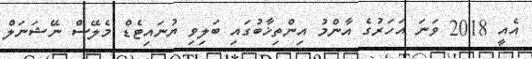
އެއީ 2018 ވަނަ އަހަރުގެ އާންމު އިންތިޚާބުގައި ބަލިވި ޔުނައިޓެޑް މެލޭސް ނޭޝަނަލް